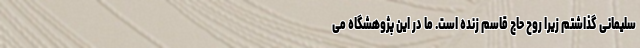
سلیمانی گذاشتم زیرا روح حاج قاسم زنده است. ما در این پژوهشگاه می‌